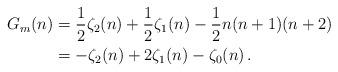
LaTeX: \begin{align*}G_m(n)&=\frac{1}{2}\zeta_2(n)+\frac{1}{2}\zeta_1(n)-\frac{1}{2}n(n+1)(n+2)\\&=-\zeta_2(n)+2\zeta_1(n)-\zeta_0(n)\,.\end{align*}